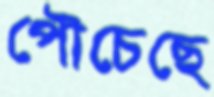
পৌচেছে